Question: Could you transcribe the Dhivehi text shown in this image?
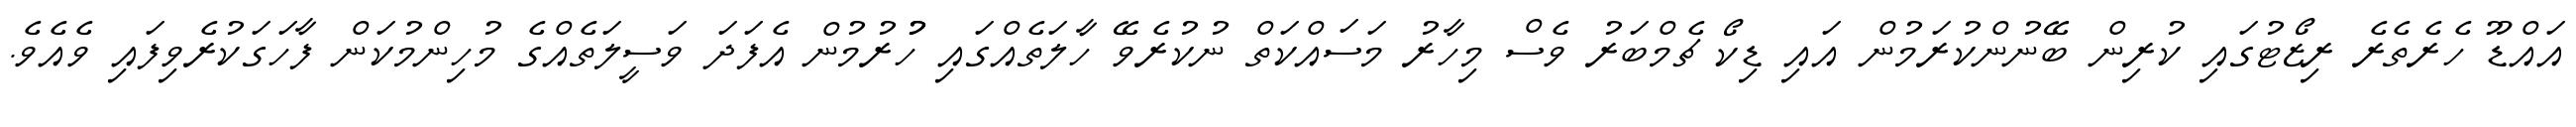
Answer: އައްޑޫ ހެރެތެރެ ރިޒޯޓުގައި ކުރިން ބޭނުންކުރަމުން އައި ޑިކޯ ޗެމްބަރު ވެސް މިހާރު މަސައްކަތް ނުކުރެވޭ ހާލަތެއްގައި ހުުރުމުން އެފަދަ ވަސީލަތެއްގެ މުހިންމުކަން ފާހަގަކުރެވިފައި ވެއެވެ.